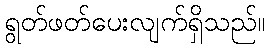
ရွတ်ဖတ်ပေးလျက်ရှိသည်။